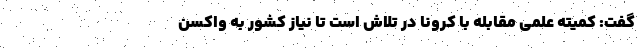
گفت: کمیته علمی مقابله با کرونا در تلاش است تا نیاز کشور به واکسن